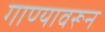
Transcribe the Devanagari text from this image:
गाण्यावरून